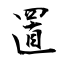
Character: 置